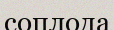
соплода